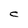
Character: C